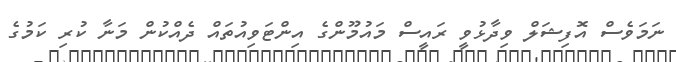
ނަމަވެސް އޮފިޝަލް ވިދާޅުވީ ރައީސް މައުމޫންގެ އިންޓަވިއުތައް ދެއްކުން މަނާ ކުރި ކަމުގެ